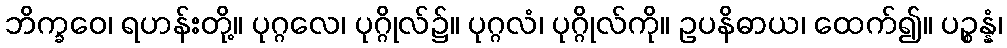
ဘိက္ခဝေ၊ ရဟန်းတို့။ ပုဂ္ဂလေ၊ ပုဂ္ဂိုလ်၌။ ပုဂ္ဂလံ၊ ပုဂ္ဂိုလ်ကို။ ဥပနိဓာယ၊ ထေက်၍။ ပဉ္စန္နံ၊